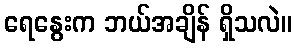
ရေနွေးက ဘယ်အချိန် ရှိသလဲ။